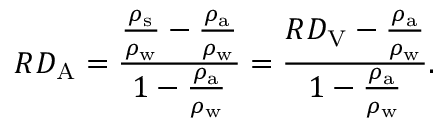
R D _ { \mathrm { A } } = { \frac { { \frac { \rho _ { \mathrm { s } } } { \rho _ { \mathrm { w } } } } - { \frac { \rho _ { \mathrm { a } } } { \rho _ { \mathrm { w } } } } } { 1 - { \frac { \rho _ { \mathrm { a } } } { \rho _ { \mathrm { w } } } } } } = { \frac { R D _ { \mathrm { V } } - { \frac { \rho _ { \mathrm { a } } } { \rho _ { \mathrm { w } } } } } { 1 - { \frac { \rho _ { \mathrm { a } } } { \rho _ { \mathrm { w } } } } } } .